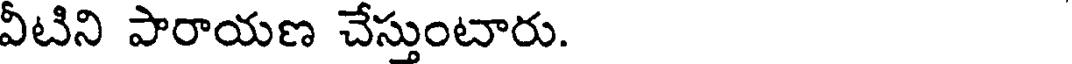
వీటిని పారాయణ చేస్తుంటారు.